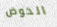
الخوض